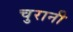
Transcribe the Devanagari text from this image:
चुरानी